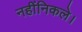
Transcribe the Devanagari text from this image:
नहींनिकले।